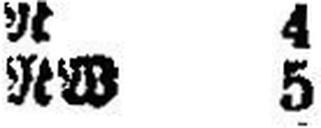
RW 5